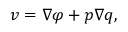
\boldsymbol { v } = \nabla \varphi + p \nabla q ,